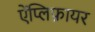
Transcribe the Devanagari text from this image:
ऐंप्लिफ़ायर